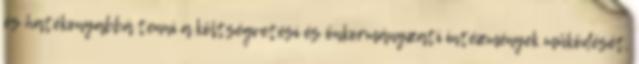
és hatékonyabbá tenni a költségvetési és önkormányzati intézmények működését,